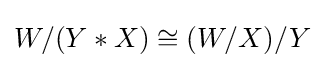
W/(Y*X)\cong (W/X)/Y